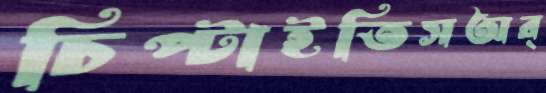
চিপ্‌টাইতিসঅর্